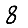
Digit: 8